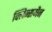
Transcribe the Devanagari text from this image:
क्लिन्समैन